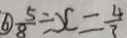
\textcircled { 6 } \frac { 5 } { 8 } \div x = \frac { 4 } { 3 }